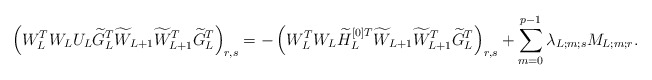
\begin{align*}\left(W_L^TW_LU_L\widetilde{G}_L^T\widetilde{W}_{L+1}\widetilde{W}_{L+1}^T\widetilde{G}_L^T\right)_{r,s}=-\left(W_L^TW_L\widetilde{H}_L^{[0]T}\widetilde{W}_{L+1}\widetilde{W}_{L+1}^T\widetilde{G}_L^T\right)_{r,s}+ \sum_{m=0}^{p-1} \lambda_{L;m;s} M_{L;m;r}.\end{align*}